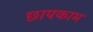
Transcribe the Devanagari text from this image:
छापकाम